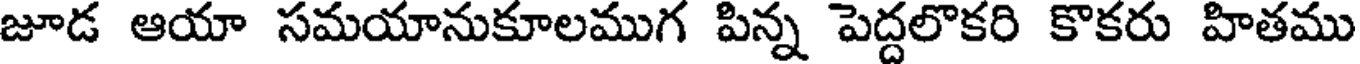
జూడ ఆయా సమయానుకూలముగ పిన్న పెద్దలొకరి కొకరు హితము